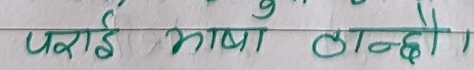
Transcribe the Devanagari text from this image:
पराई भाषा ठान्दो ।